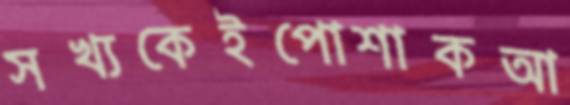
সখ্যকেইপোশাকআ